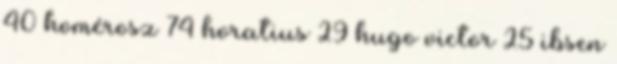
40 homérosz 74 horatius 29 hugo victor 25 ibsen